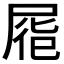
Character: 𡲏